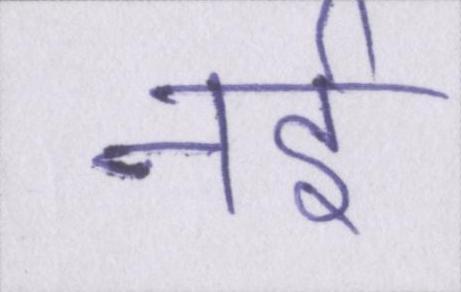
नई